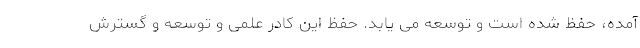
آمده، حفظ شده است و توسعه می یابد. حفظ این کادر علمی و توسعه و گسترش